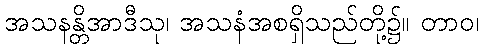
အသနန္တိအာဒီသု၊ အသနံအစရှိသည်တို့၌။ တာဝ၊